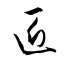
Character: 匠